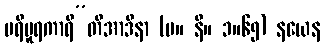
ပရိပူရကာရီ”တိအာဒိနာ (မ။ နိ။ ၁။၆၅) နယေန